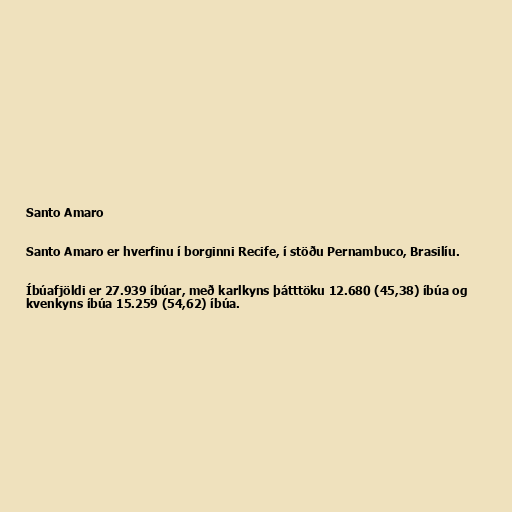
Santo Amaro

Santo Amaro er hverfinu í borginni Recife, í stöðu Pernambuco, Brasilíu.

Íbúafjöldi er 27.939 íbúar, með karlkyns þátttöku 12.680 (45,38) íbúa og
kvenkyns íbúa 15.259 (54,62) íbúa.